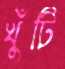
খুঁটি